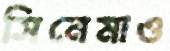
সিনেমাও